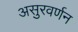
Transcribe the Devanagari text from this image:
असुरवर्णन